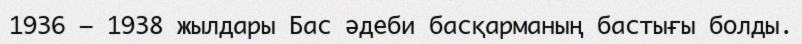
1936 — 1938 жылдары Бас әдеби басқарманың бастығы болды.